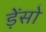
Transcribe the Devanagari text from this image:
ड़ेंसो